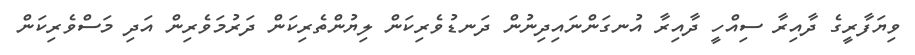
ވިޔަފާރީގެ ދާއިރާ ސިއްހީ ދާއިރާ އުނގަންނައިދިނުން ދަނޑުވެރިކަން ލިޔުންތެރިކަން ދަރުމަވެރިން އަދި މަސްވެރިކަން